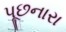
પૂછનારા